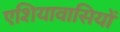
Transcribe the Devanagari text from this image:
एशियावासियों